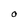
Character: o